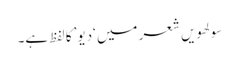
سولھویں شعر میں ‘دیو’ کا لفظ ہے۔